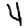
Digit: 4